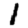
Digit: 1